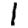
Digit: 1